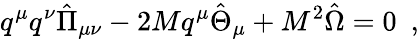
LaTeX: q^{\mu}q^{\nu}{\hat{\Pi}}_{\mu\nu}-2Mq^{\mu}{\hat{\Theta}}_{\mu}+M^{2}\hat{\Omega}=0~~,